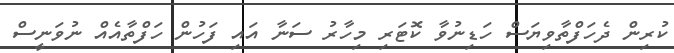
ކުރިން ދެހަފްތާވިޔަސް ހަޑިނުވާ ކޮޓަރި މިހާރު ސަނާ އައި ފަހުން ހަފްތާއެއް ނުވަނީސް